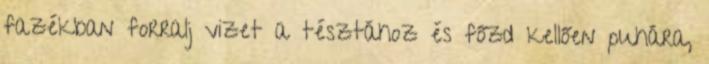
fazékban forralj vizet a tésztához és főzd kellően puhára,